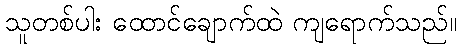
သူတစ်ပါး ထောင်ချောက်ထဲ ကျရောက်သည်။